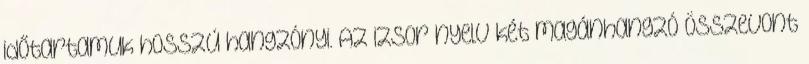
időtartamuk hosszú hangzónyi. Az izsor nyelv két magánhangzó összevont